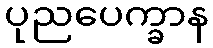
ပုညပေက္ခာန